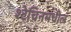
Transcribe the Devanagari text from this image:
श्टेचिनमधील